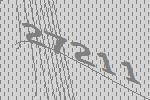
27211